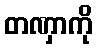
တဏှာကို